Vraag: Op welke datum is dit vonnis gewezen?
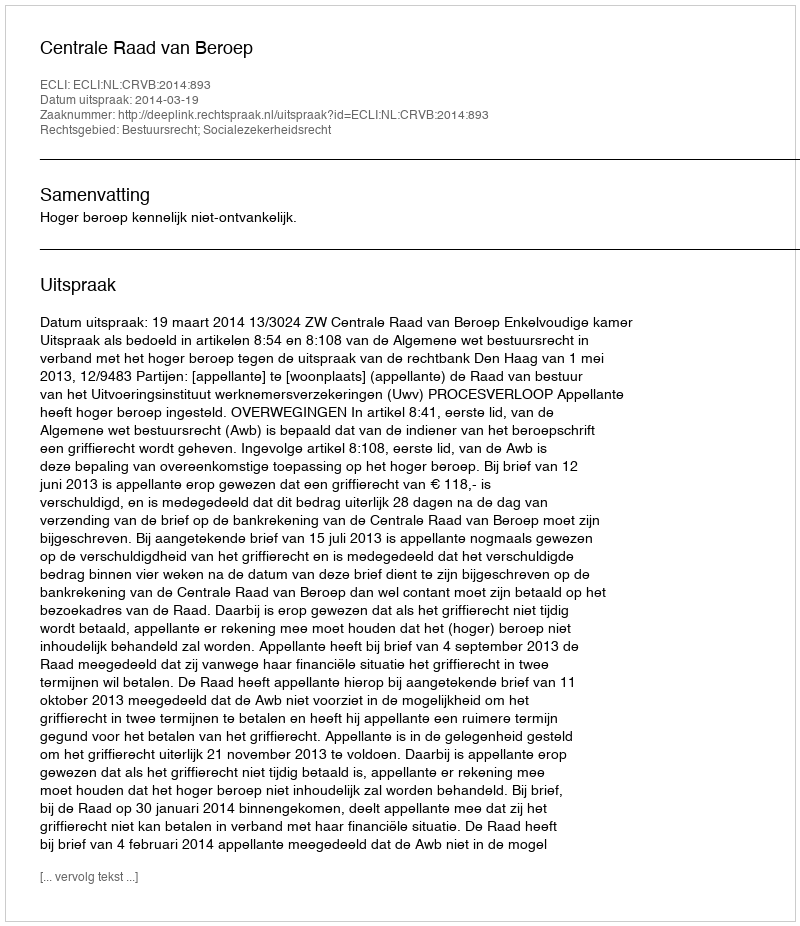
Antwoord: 2014-03-19